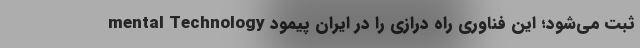
mental Technology ثبت می‌شود؛ این فناوری راه درازی را در ایران پیمود